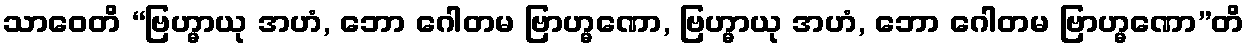
သာဝေတိ “ဗြဟ္မာယု အဟံ, ဘော ဂေါတမ ဗြာဟ္မဏော, ဗြဟ္မာယု အဟံ, ဘော ဂေါတမ ဗြာဟ္မဏော”တိ